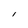
Character: I